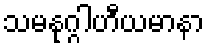
သမနုဂ္ဂါဟီယမာနာ